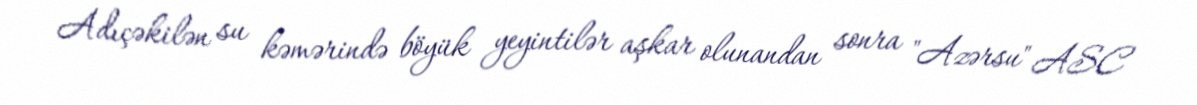
Adıçəkilən su kəmərində böyük yeyintilər aşkar olunandan sonra "Azərsu" ASC